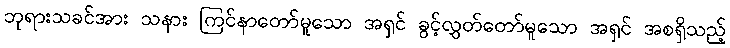
ဘုရားသခင်အား သနား ကြင်နာတော်မူသော အရှင် ခွင့်လွှတ်တော်မူသော အရှင် အစရှိသည့်